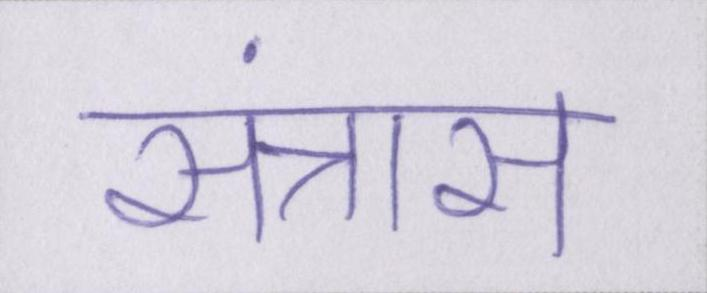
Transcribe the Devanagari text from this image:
संत्रास